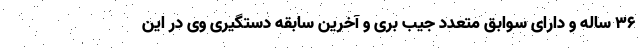
۳۶ ساله و دارای سوابق متعدد جیب بری و آخرین سابقه دستگیری وی در این